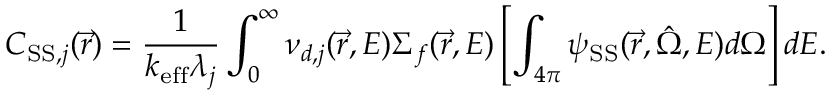
C _ { \mathrm { S S } , j } ( \vec { r } ) = \frac { 1 } { k _ { \mathrm { e f f } } \lambda _ { j } } \int _ { 0 } ^ { \infty } { \nu _ { d , j } ( \vec { r } , E ) \Sigma _ { f } ( \vec { r } , E ) \left[ \int _ { 4 \pi } \psi _ { \mathrm { S S } } ( \vec { r } , \hat { \Omega } , E ) d \Omega \right] d E } .